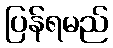
ပြန်ရမည်